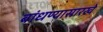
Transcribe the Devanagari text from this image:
बांधण्यासारखे